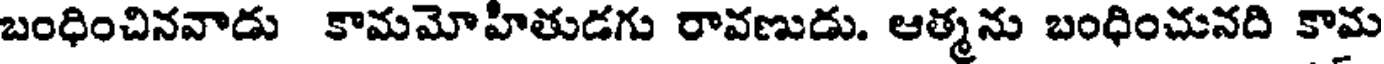
బంధించినవాడు కామమోహితుడగు రావణుడు. ఆత్మను బంధించునది కామ